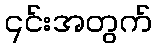
၎င်းအတွက်